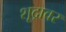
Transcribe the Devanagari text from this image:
शूद्रावर